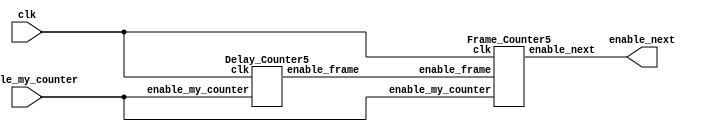

module counter_point5sec(input clk, input enable_my_counter, output enable_next);
		
		wire enable_frame;
		Delay_Counter5 d0(clk, enable_my_counter, enable_frame);
		Frame_Counter5 f0(clk, enable_my_counter, enable_frame, enable_next);
		
endmodule

module Delay_Counter5(input clk, input enable_my_counter, output reg enable_frame);
		reg [19:0] delay_counter = 20'b0;
		always @(posedge clk) begin
			if (enable_my_counter) begin
				if (delay_counter == 20'd833334) begin  //11001011011100110110 8333334  //11001011011100110101 8333333
					delay_counter <= 20'b0;
					enable_frame <= 1;
				end
			
				else begin
					delay_counter <= delay_counter + 1'b1;
					enable_frame <= 0;
				end
			end
			
			else begin
				delay_counter <= 20'b0;
				enable_frame <= 0;
			end
			
		end
		
endmodule

module Frame_Counter5(input clk, input enable_my_counter, input enable_frame, output reg enable_next);
		reg [4:0] frame_counter = 5'b0;
		always @(posedge clk) begin
			if (enable_my_counter) begin
				if (frame_counter == 5'd30) begin
					enable_next <= 1;
					frame_counter <= 5'b0;
				end	
				
				else if (enable_frame) begin
					frame_counter <= frame_counter + 1'b1;
					enable_next <= 0;
				end
			end
			
			else begin
				frame_counter <= 5'b0;
				enable_next <= 0;
			end
			
		end
endmodule